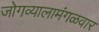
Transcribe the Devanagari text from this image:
जोगव्यालामंगळवार